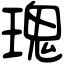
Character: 瑰